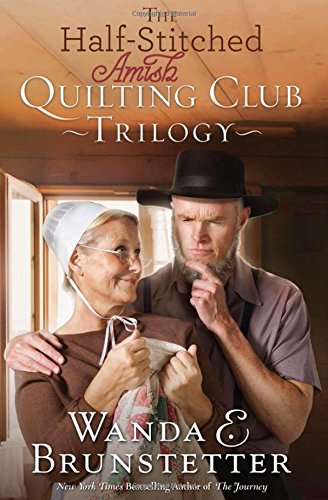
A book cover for The Half-Stitched Amish Quilting Club Trilogy; Wanda E. Brunstetter; Romance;